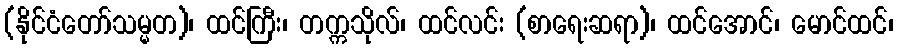
(နိုင်ငံတော်သမ္မတ)၊ ထင်ကြီး၊ တက္ကသိုလ်၊ ထင်လင်း (စာရေးဆရာ)၊ ထင်အောင်၊ မောင်ထင်၊